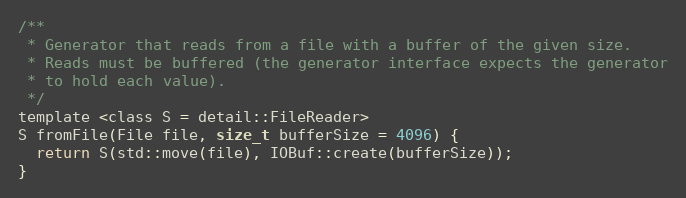
Language: C
/**
 * Generator that reads from a file with a buffer of the given size.
 * Reads must be buffered (the generator interface expects the generator
 * to hold each value).
 */
template <class S = detail::FileReader>
S fromFile(File file, size_t bufferSize = 4096) {
  return S(std::move(file), IOBuf::create(bufferSize));
}